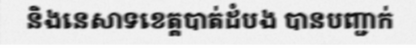
និងនេសាទខេត្តបាត់ដំបង បានបញ្ជាក់